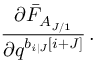
\frac { \partial \bar { F } _ { A _ { J / 1 } } } { \partial q ^ { b _ { i | J } \left[ i + J \right] } } \, .